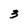
Character: 3